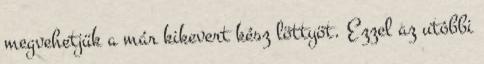
megvehetjük a már kikevert kész löttyöt. Ezzel az utóbbi